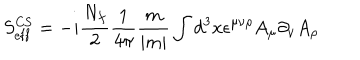
S _ { \mathrm { e f f } } ^ { \mathrm { C S } } = - i \frac { N _ { f } } { 2 } \frac { 1 } { 4 \pi } \frac { m } { | m | } \int d ^ { 3 } x \epsilon ^ { \mu \nu \rho } A _ { \mu } \partial _ { \nu } A _ { \rho }